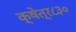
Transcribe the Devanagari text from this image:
क्षेत्र८३०